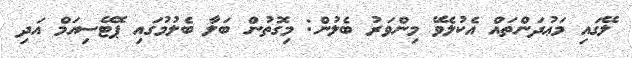
ލޭގައި މަޢުދަންތައް އެކުލެވޭ މިންވަރު ބެލުން: މިގޮތުން ބަލާ ބެލުމުގައި ޕޮޓޭސިއަމް އަދި